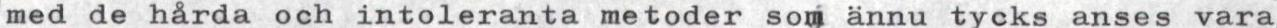
med de hårda och intoleranta metoder som ännu tycks anses vara